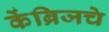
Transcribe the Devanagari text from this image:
केंब्रिजचे